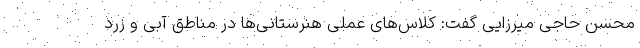
محسن حاجی میرزایی گفت: کلاس‌های عملی هنرستانی‌ها در مناطق آبی و زرد